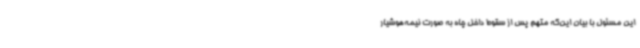
این مسئول با بیان این‌که متهم پس از سقوط داخل چاه به صورت نیمه‌هوشیار